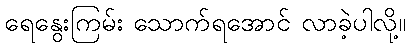
ရေနွေးကြမ်း သောက်ရအောင် လာခဲ့ပါလို့။